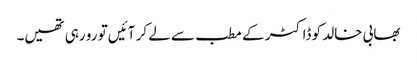
بھابی خالد کو ڈاکٹر کے مطب سے لے کر آئیں تو رو رہی تھیں۔